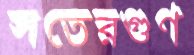
সতেরগুণ